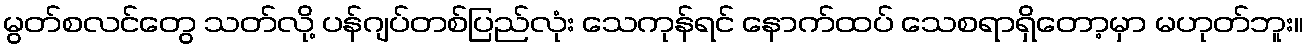
မွတ်စလင်တွေ သတ်လို့ ပန်ဂျပ်တစ်ပြည်လုံး သေကုန်ရင် နောက်ထပ် သေစရာရှိတော့မှာ မဟုတ်ဘူး။